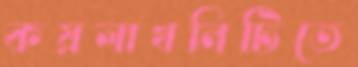
কয়লাখনিটিতে